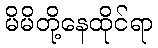
မိမိတို့နေထိုင်ရာ